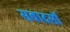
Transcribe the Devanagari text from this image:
सवादसों